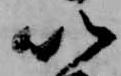
以